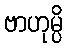
ဗာဟုမ္ပိ